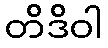
တိဒိဝါ